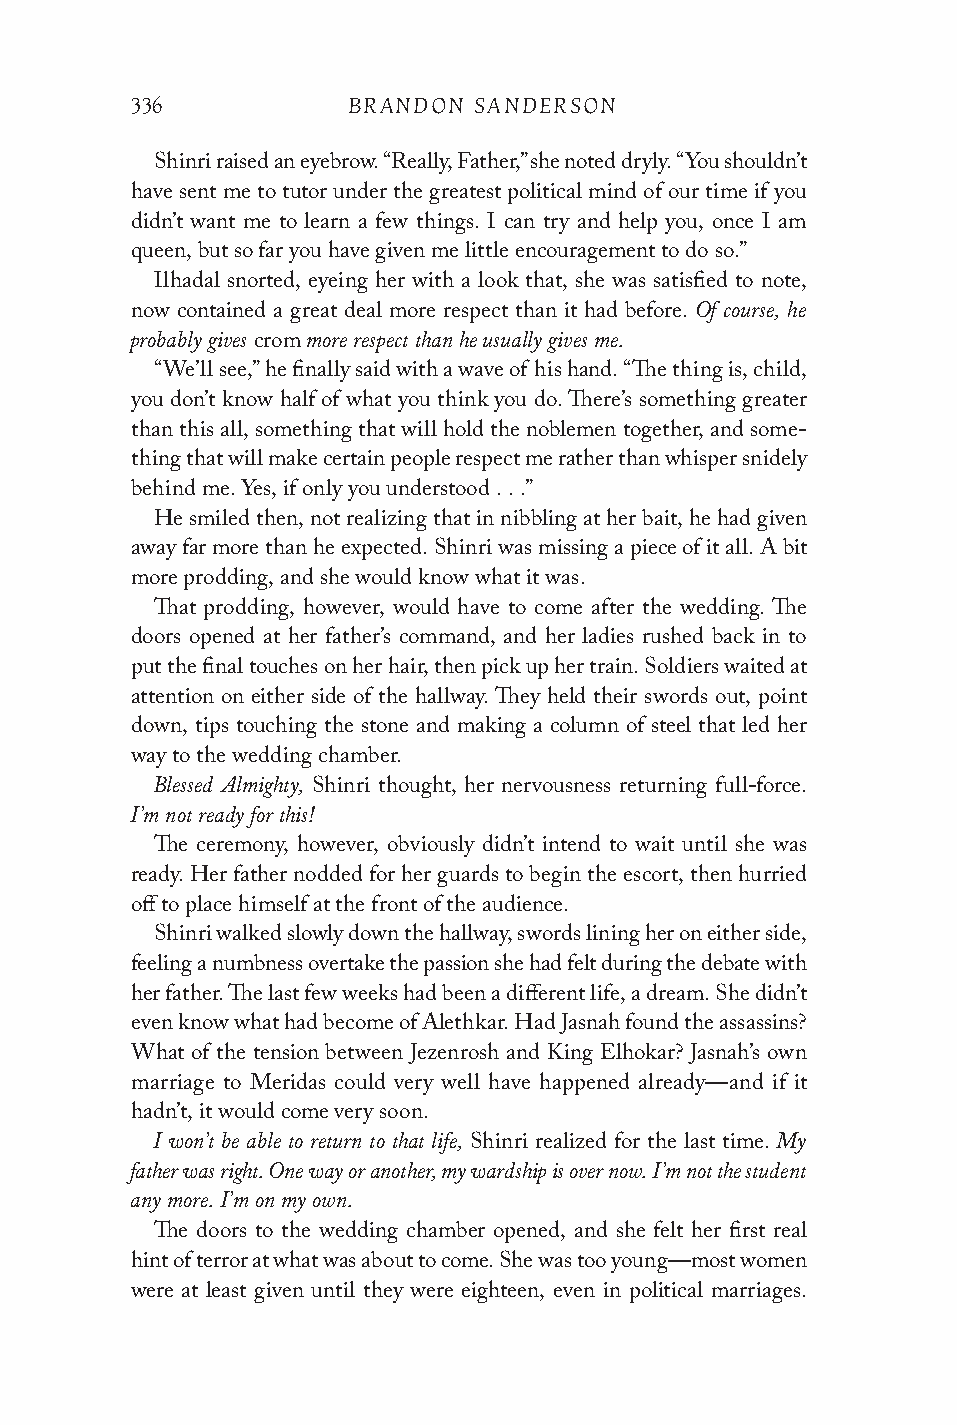
336           BRANDON SANDERSON
 Shinri raised an eyebrow. “Really, Father,” she noted dryly. “You shouldn’t
 have sent me to tutor under the greatest political mind of our time if you
 didn’t want me to learn a few things. I can try and help you, once I am
 queen, but so far you have given me little encouragement to do so.”
 Ilhadal snorted, eyeing her with a look that, she was satisfied to note,
 Of course, he
 now contained a great deal more respect than it had before.
 probably gives more respect than he usually gives me.
 crom
 “We’ll see,” he finally said with a wave of his hand. “The thing is, child,
 you don’t know half of what you think you do. There’s something greater
 than this all, something that will hold the noblemen together, and some-
 thing that will make certain people respect me rather than whisper snidely
 behind me. Yes, if only you understood . . .”
 He smiled then, not realizing that in nibbling at her bait, he had given
 away far more than he expected. Shinri was missing a piece of it all. A bit
 more prodding, and she would know what it was.
 That prodding, however, would have to come after the wedding. The
 doors opened at her father’s command, and her ladies rushed back in to
 put the final touches on her hair, then pick up her train. Soldiers waited at
 attention on either side of the hallway. They held their swords out, point
 down, tips touching the stone and making a column of steel that led her
 way to the wedding chamber.
 Blessed Almighty,
 Shinri thought, her nervousness returning full-force.
 I’m not ready for this!
 The ceremony, however, obviously didn’t intend to wait until she was
 ready. Her father nodded for her guards to begin the escort, then hurried
 off to place himself at the front of the audience.
 Shinri walked slowly down the hallway, swords lining her on either side,
 feeling a numbness overtake the passion she had felt during the debate with
 her father. The last few weeks had been a different life, a dream. She didn’t
 even know what had become of Alethkar. Had Jasnah found the assassins?
 What of the tension between Jezenrosh and King Elhokar? Jasnah’s own
 marriage to Meridas could very well have happened already—and if it
 hadn’t, it would come very soon.
 I won’t be able to return to that life,  My
 Shinri realized for the last time.
 father was right. One way or another, my wardship is over now. I’m not the student
 any more. I’m on my own.
 The doors to the wedding chamber opened, and she felt her first real
 hint of terror at what was about to come. She was too young—most women
 were at least given until they were eighteen, even in political marriages.